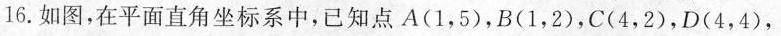
16.如图，在平面直角坐标系中，已知点A（1，5），B（1，2），C（4，2），D（4，4），